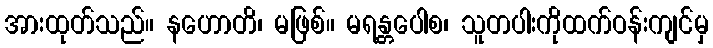
အားထုတ်သည်။ နဟောတိ၊ မဖြစ်။ မရန္တပေါစ၊ သူတပါးကိုထက်ဝန်းကျင်မှ